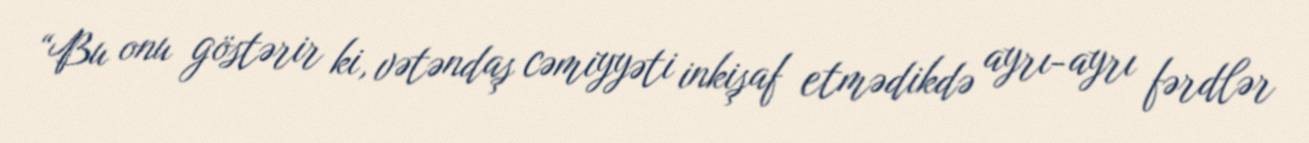
“Bu onu göstərir ki, vətəndaş cəmiyyəti inkişaf etmədikdə ayrı-ayrı fərdlər